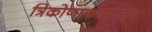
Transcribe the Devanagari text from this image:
त्रिकोणाकारतयैब